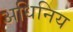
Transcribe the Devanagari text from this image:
अधिनिय